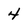
Character: 4